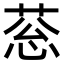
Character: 䓗